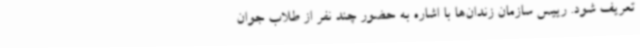
تعریف شود. رییس سازمان زندان‌ها با اشاره به حضور چند نفر از طلاب جوان